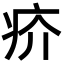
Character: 疥